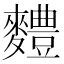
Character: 䵄